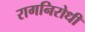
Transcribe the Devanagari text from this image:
रागनिरोधी